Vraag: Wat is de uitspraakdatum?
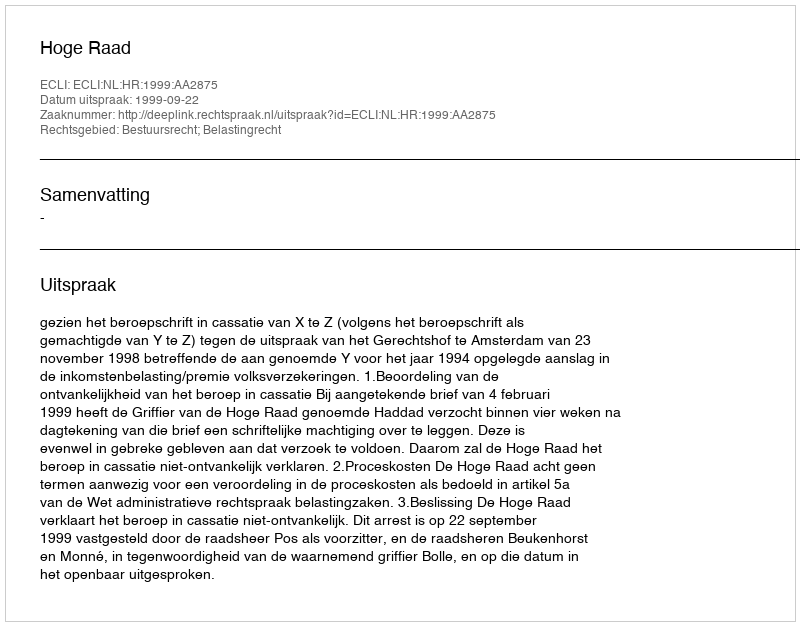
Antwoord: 1999-09-22